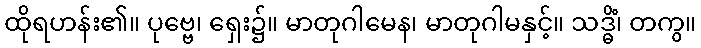
ထိုရဟန်း၏။ ပုဗ္ဗေ၊ ရှေး၌။ မာတုဂါမေန၊ မာတုဂါမနှင့်။ သဒ္ဓိံ၊ တကွ။